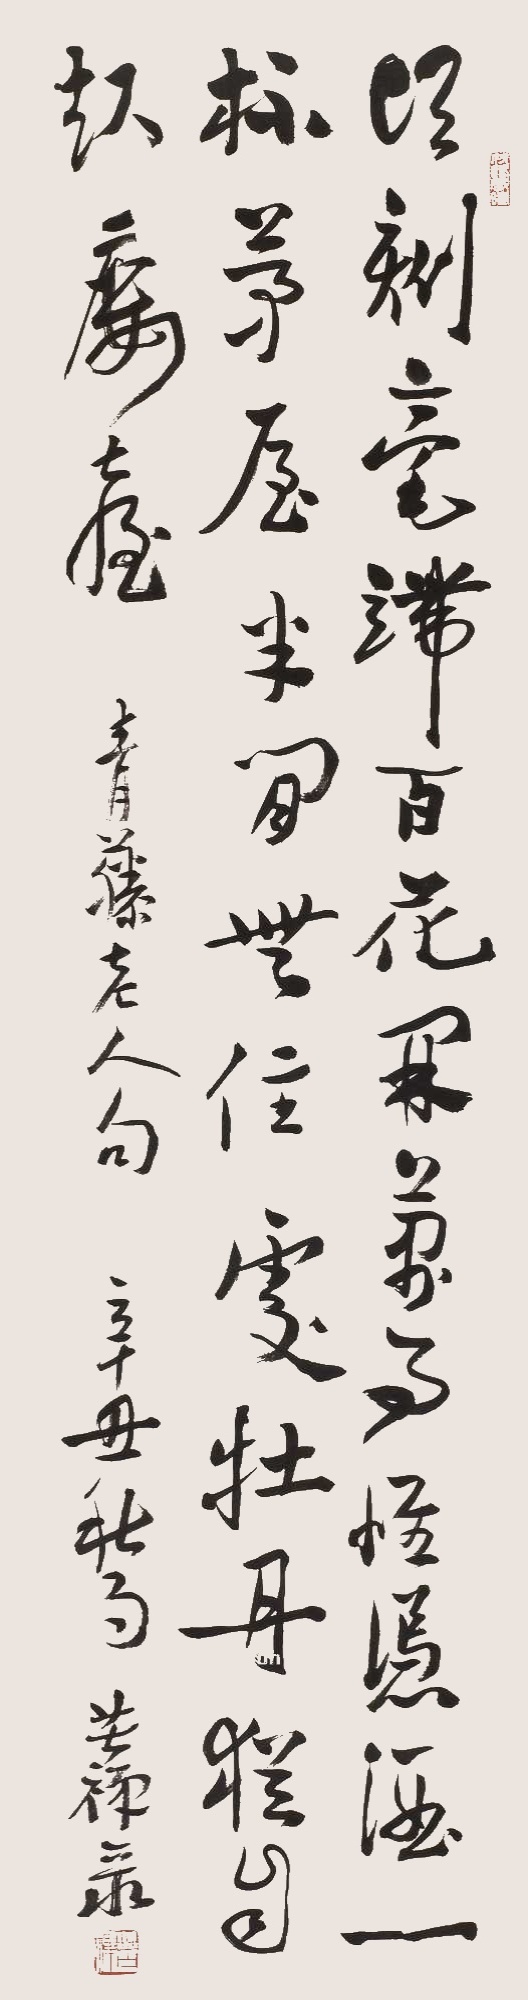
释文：顷刻毫端百花开，万事唯凭酒一杯。茅屋半间无住处，牡丹犹自起楼台。青藤老人句。辛丑秋月，苦禅录。